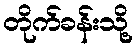
တိုက်ခန်းသို့